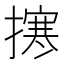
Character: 㩃